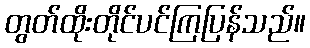
တွတ်ထိုးတိုင်ပင်ကြပြန်သည်။